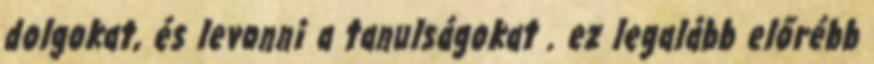
dolgokat, és levonni a tanulságokat . ez legalább előrébb